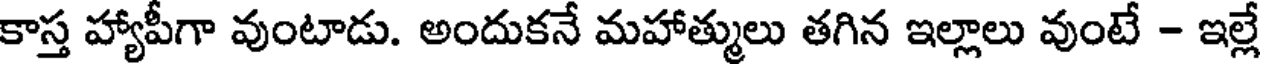
కాస్త హ్యాపీగా వుంటాడు. అందుకనే మహాత్ములు తగిన ఇల్లాలు వుంటే - ఇల్లే